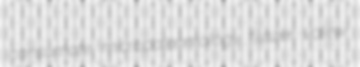
consumate micropaleontology filazer valew